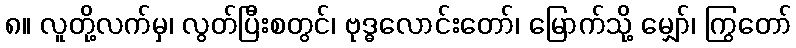
၈။ လူတို့လက်မှ၊ လွတ်ပြီးစတွင်၊ ဗုဒ္ဓလောင်းတော်၊ မြောက်သို့ မျှော်၊ ကြွတော်